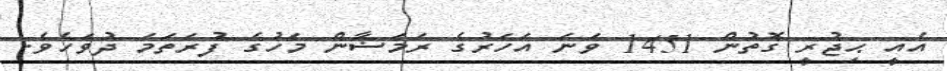
އެއީ ޙިޖުރީ ގޮތުން 1451 ވަނަ އަހަރުގެ ރަމަޟާން މަހުގެ ފުރަތަމަ ދުވަހެވެ.